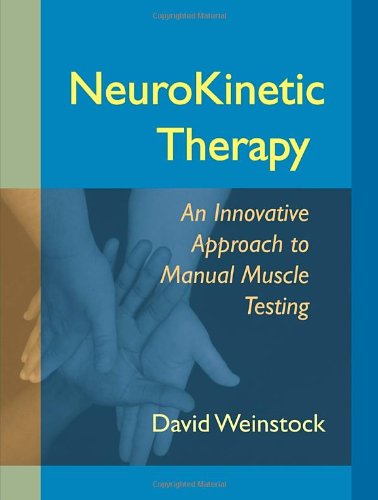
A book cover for NeuroKinetic Therapy: An Innovative Approach to Manual Muscle Testing; David Weinstock; Health, Fitness & Dieting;